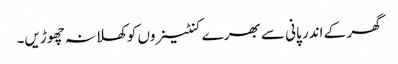
گھر کے اندر پانی سے بھرے کنٹینروں کوکھلا نہ چھوڑیں۔